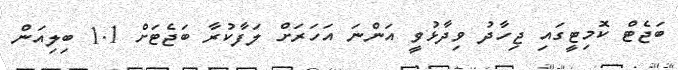
ބަޖެޓް ކޮމިޓީގައި ޖިހާދު ވިދާޅުވީ އަންނަ އަހަރަށް ލަފާކުރާ ބަޖެޓަށް 1.1 ބިލިއަން